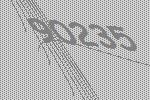
90235